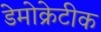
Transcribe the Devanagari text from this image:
डेेमोक्रेटीक